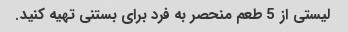
لیستی از 5 طعم منحصر به فرد برای بستنی تهیه کنید.